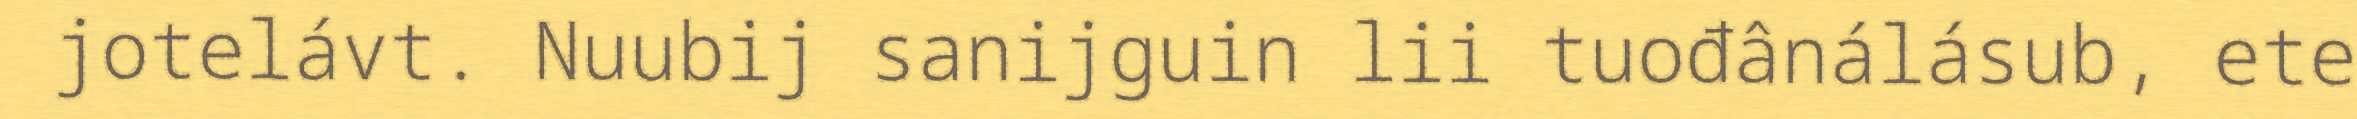
jotelávt. Nuubij sanijguin lii tuođânálásub, ete